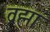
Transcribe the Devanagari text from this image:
व्रह्मा